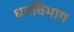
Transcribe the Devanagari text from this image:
धनविभाग